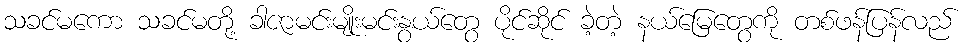
သခင်မကော သခင်မတို့ ခါဇာမင်းမျိုးမင်းနွယ်တွေ ပိုင်ဆိုင် ခဲ့တဲ့ နယ်မြေတွေကို တစ်ဖန်ပြန်လည်